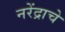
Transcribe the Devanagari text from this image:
नरेंद्राचे